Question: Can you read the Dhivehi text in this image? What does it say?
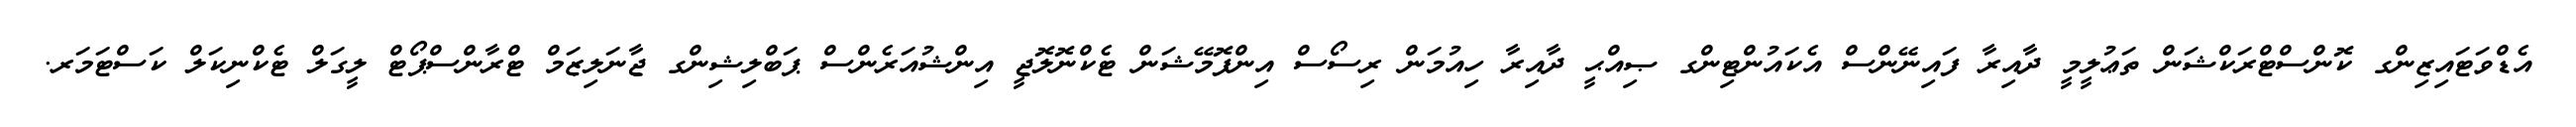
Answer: އެޑްވަޓައިޒިންގ ކޮންސްޓްރަކްޝަން ތަޢުލީމީ ދާއިރާ ފައިނޭންސް އެކައުންޓިންގ ޞިއްޙީ ދާއިރާ ހިއުމަން ރިސޯސް އިންފޮމޭޝަން ޓެކްނޮލޮޖީ އިންޝުއަރެންސް ޕަބްލިޝިންގ ޖާނަލިޒަމް ޓްރާންސްޕޯޓް ލީގަލް ޓެކްނިކަލް ކަސްޓަމަރ.